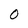
Character: O